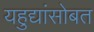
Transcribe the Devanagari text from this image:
यहुद्यांसोबत